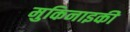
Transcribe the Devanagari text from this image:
मुकिनाइकी